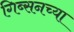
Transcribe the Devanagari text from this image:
गिब्सनच्या